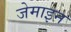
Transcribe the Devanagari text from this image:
जेमाइन